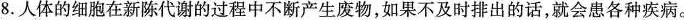
8.人体的细胞在新陈代谢的过程中不断产生废物，如果不及时排出的话，就会患各种疾病。